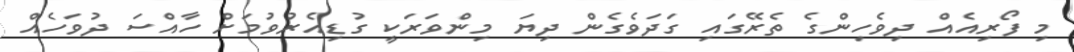
މި ފޯރިއެއް ދިވެހިންގެ ތެރޭގައި ގަދަވެގެން ދިޔަ މިންވަރަކީ ގުޑިއެރުވުމަށް ހާއްސަ ދުވަހެއް